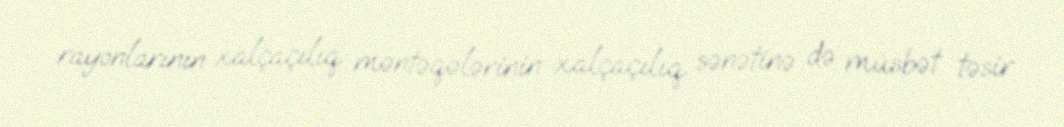
rayonlarının xalçaçılıq məntəqələrinin xalçaçılıq sənətinə də müsbət təsir